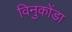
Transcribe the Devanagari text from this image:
विनुकोंडा